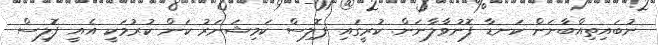
ނުބައިތިއްބާނަން ކަނޑާ ފޮނުވާލާނަން. ކުރީގައި ޕޮލިސް ކަމިޝަނަރު ކަން ކުރުމަކީ އެއީ ފޮލިސް